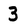
Character: 3